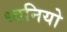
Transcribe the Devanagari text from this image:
ध्वनियो